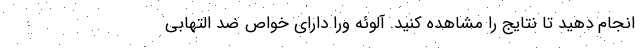
انجام دهید تا نتایج را مشاهده کنید. آلوئه ورا دارای خواص ضد التهابی